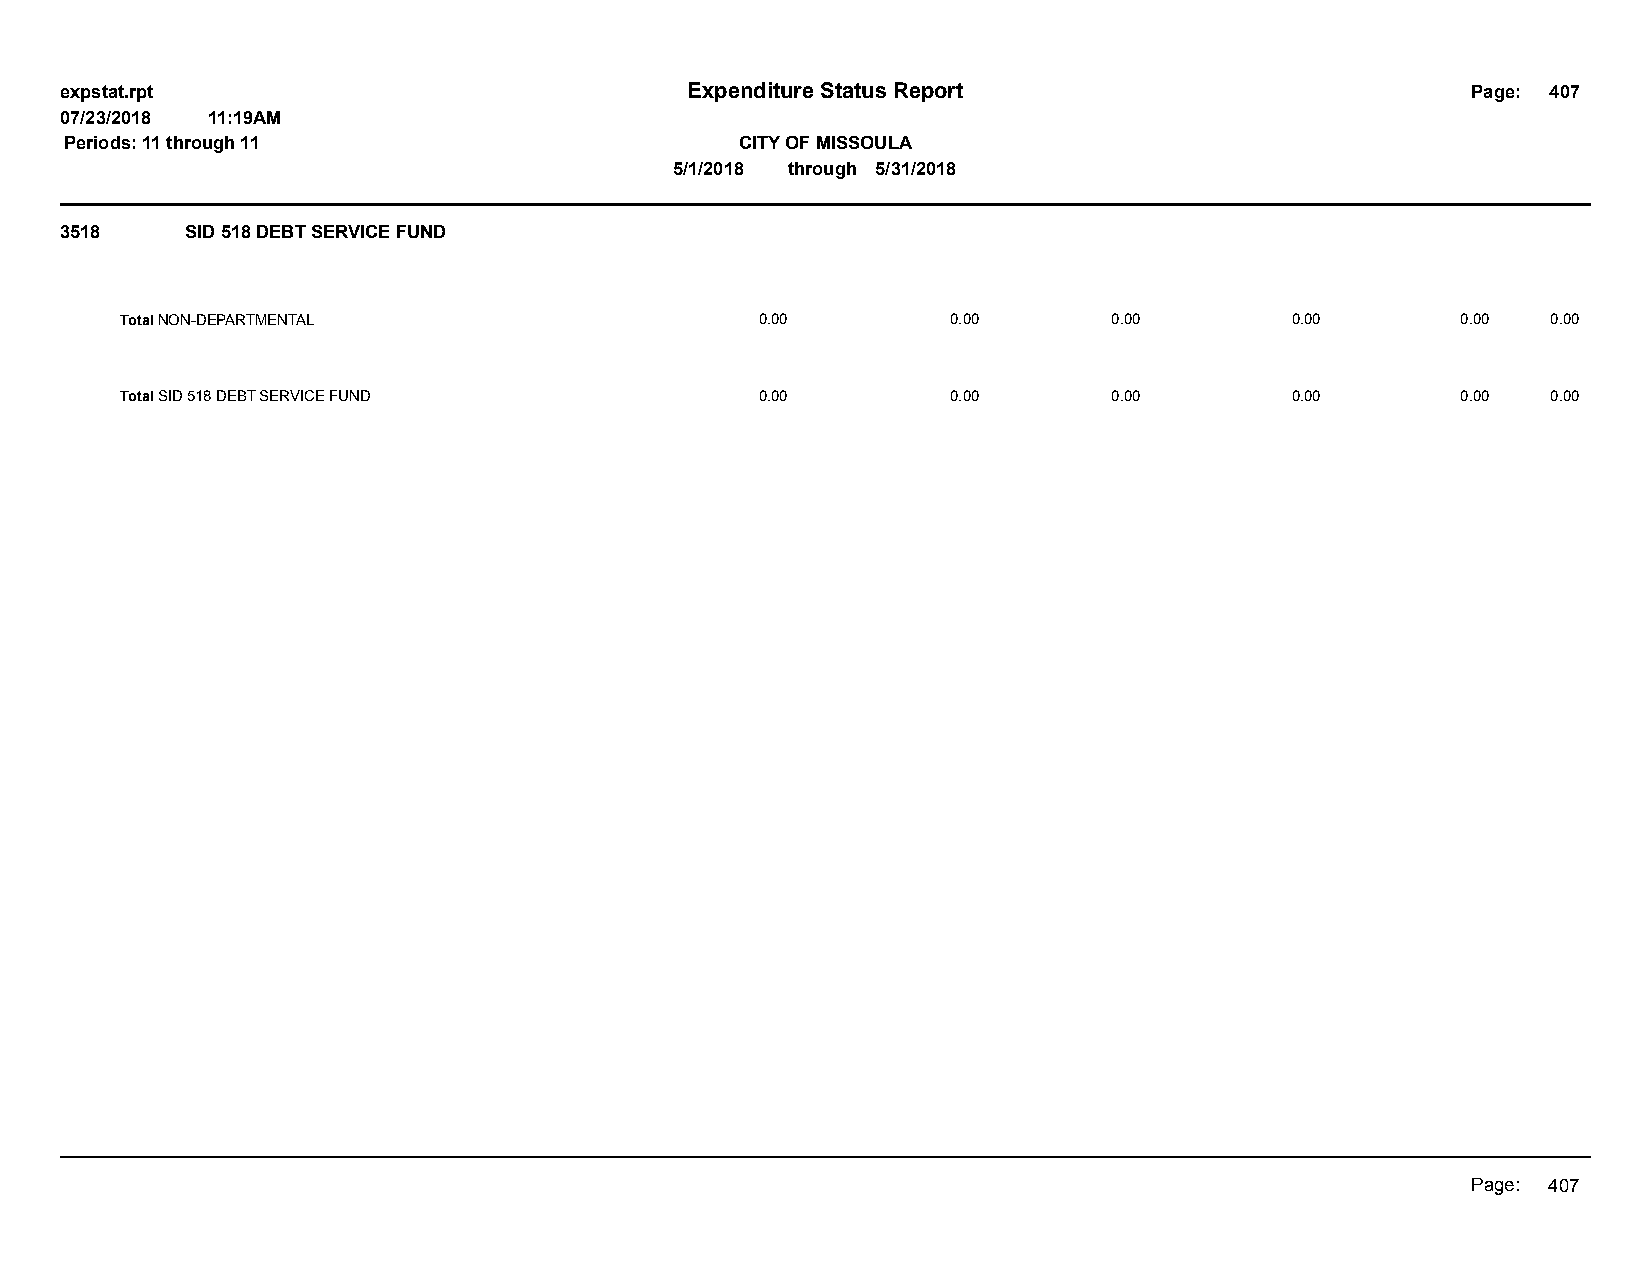
expstat.rpt                              Expenditure Status Report                           Page: 407
 07/23/2018 11:19AM
 Periods: 11 through 11                       CITY OF MISSOULA
 5/1/2018 through 5/31/2018
 3518    SID 518 DEBT SERVICE FUND
 Total NON-DEPARTMENTAL                    0.00         0.00       0.00       0.00        0.00  0.00
 Total SID 518 DEBT SERVICE FUND           0.00         0.00       0.00       0.00        0.00  0.00
 Page: 407